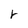
Character: r